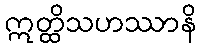
ဣတ္ထိသဟဿာနိ